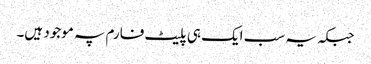
جبکہ یہ سب ایک ہی پلیٹ فارم پہ موجود ہیں۔